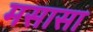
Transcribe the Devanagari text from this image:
मसासा